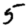
Digit: 5